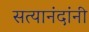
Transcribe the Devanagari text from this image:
सत्यानंदांनी